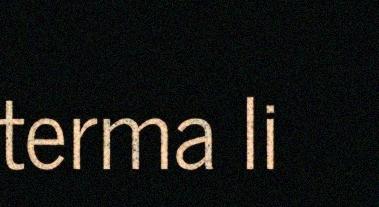
terma li